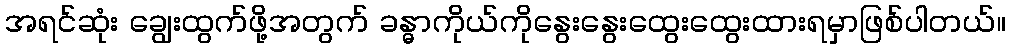
အရင်ဆုံး ချွေးထွက်ဖို့အတွက် ခန္ဓာကိုယ်ကိုနွေးနွေးထွေးထွေးထားရမှာဖြစ်ပါတယ်။